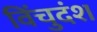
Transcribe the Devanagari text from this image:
विंचुदंश